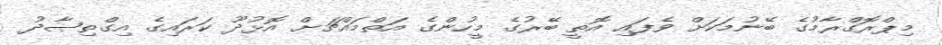
މިޕްރޮގްރާމުގެ ބޭނުމަކަށް ވެފައި އޮތީ ބޭރުގެ މީހުންގެ އަތްމައްޗަށް އޮޅުދޫ ކަރައިގެ އިގްތިޞާދު